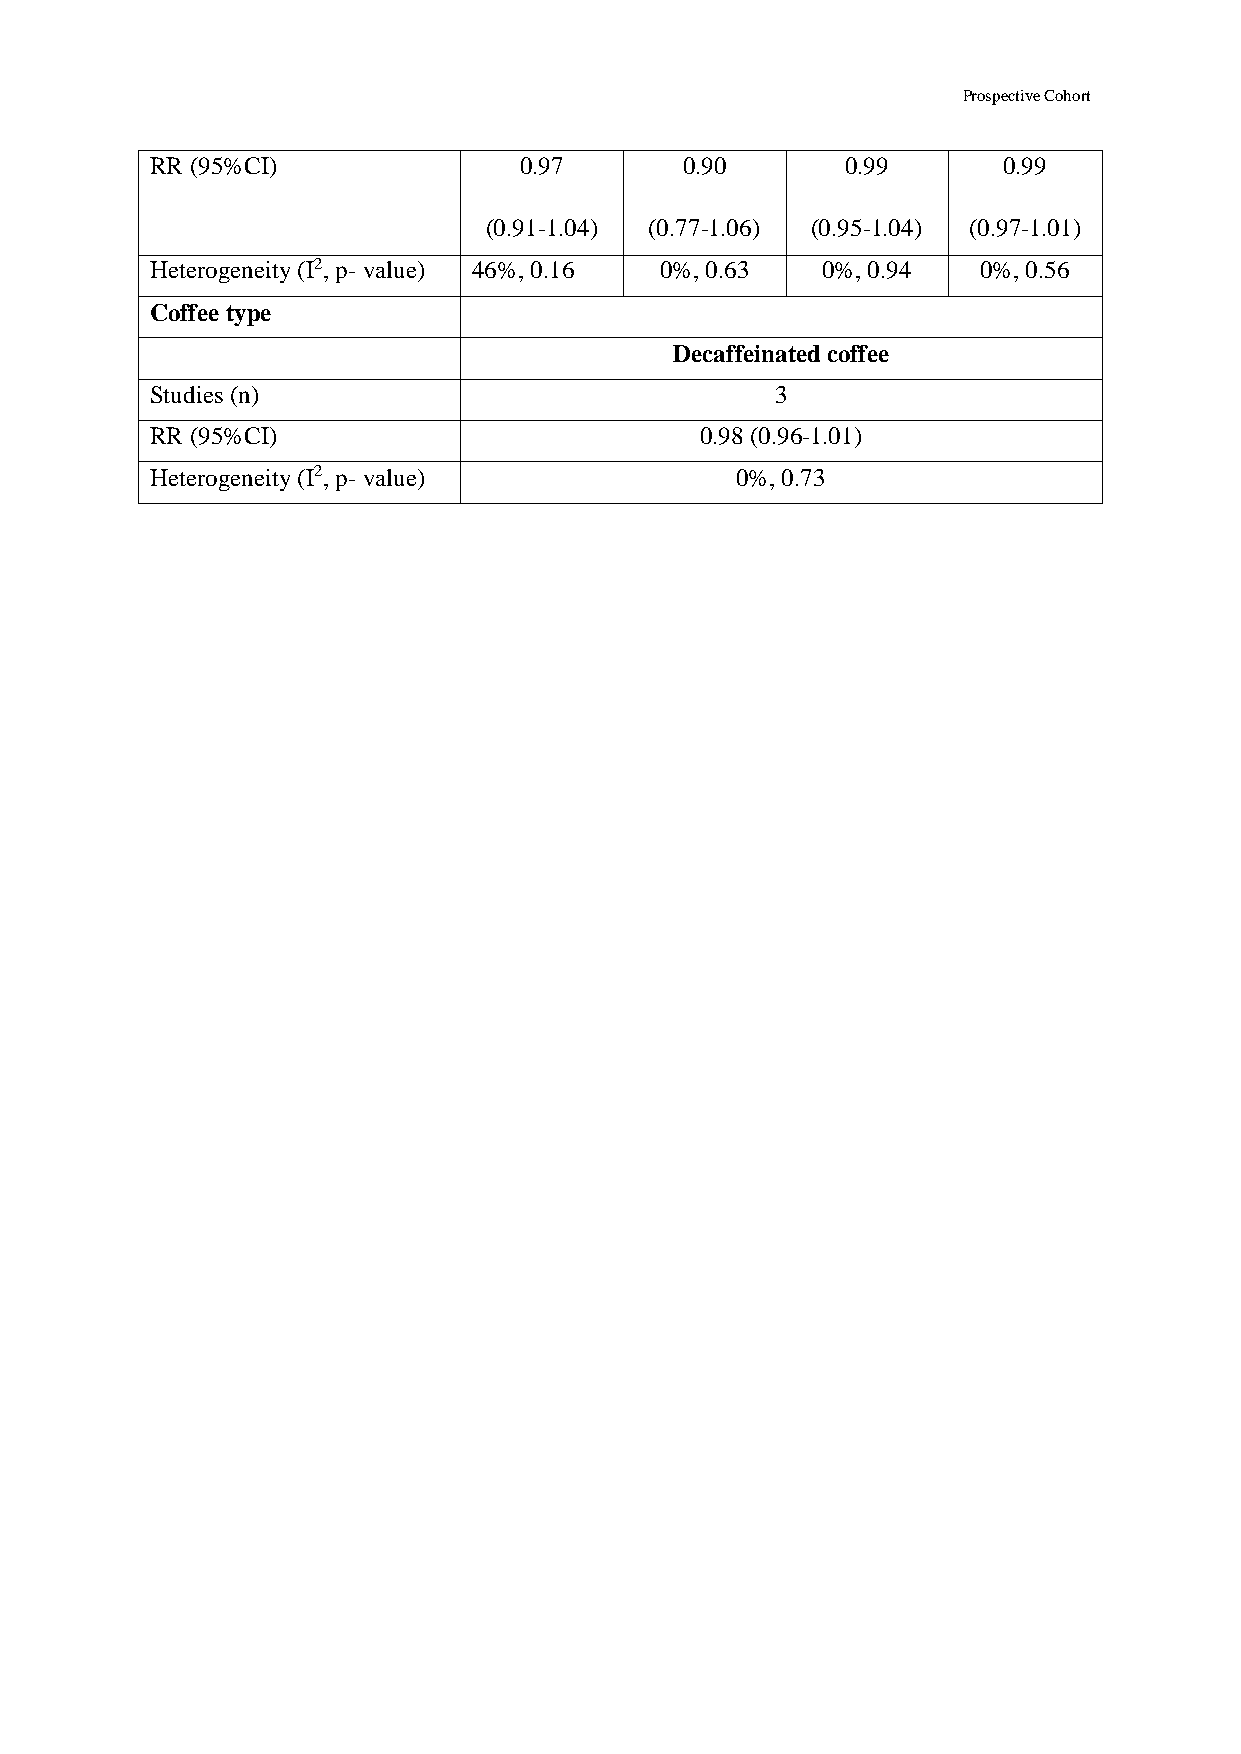
Prospective Cohort
 RR (95%CI)              0.97       0.90       0.99      0.99
 (0.91-1.04) (0.77-1.06) (0.95-1.04) (0.97-1.01)
 Heterogeneity (I2, p- value) 46%, 0.16 0%, 0.63 0%, 0.94 0%, 0.56
 Coffee type
 Decaffeinated coffee
 Studies (n)                              3
 RR (95%CI)                          0.98 (0.96-1.01)
 Heterogeneity (I2, p- value)           0%, 0.73